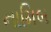
નામિબ